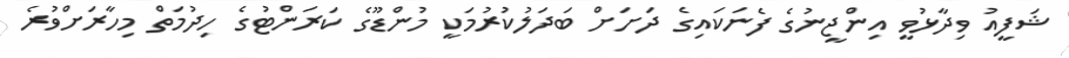
ޝަފީއު ވިދާޅުވީ އިންޖީނުގެ ފެނަކައިގެ ދަށަށް ބަދަލުކުރުމަކީ މުންޑޫގެ ކަރަންޓުގެ ހިދުމަތް މިހާރަށްވުރެ